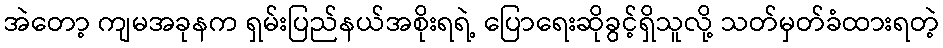
အဲတော့ ကျမအခုနက ရှမ်းပြည်နယ်အစိုးရရဲ့ ပြောရေးဆိုခွင့်ရှိသူလို့ သတ်မှတ်ခံထားရတဲ့